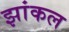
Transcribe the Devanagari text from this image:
झांकल